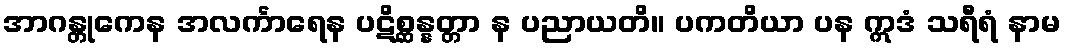
အာဂန္တုကေန အလင်္ကာရေန ပဋိစ္ဆန္နတ္တာ န ပညာယတိ။ ပကတိယာ ပန ဣဒံ သရီရံ နာမ